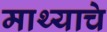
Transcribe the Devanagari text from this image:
माथ्याचे